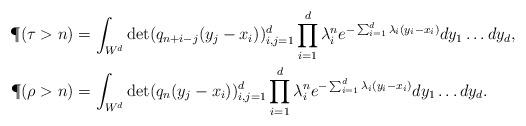
LaTeX: \begin{align*}\P(\tau > n) & = \int_{W^d} \det(q_{n+i-j}(y_j - x_i))_{i, j = 1}^d \prod_{i=1}^d \lambda_i^n e^{-\sum_{i=1}^d \lambda_i(y_i - x_i)} dy_1 \ldots dy_d, \\\P(\rho > n) & = \int_{W^d} \det(q_{n}(y_j - x_i))_{i, j = 1}^d \prod_{i=1}^d \lambda_i^n e^{-\sum_{i=1}^d \lambda_i(y_i - x_i)} dy_1 \ldots dy_d.\end{align*}